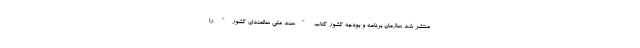
منتشر شد سازمان برنامه و بودجه كشور كتاب "سند ملي سالمندان كشور" را